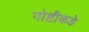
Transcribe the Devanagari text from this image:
गोष्टीकडे